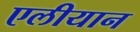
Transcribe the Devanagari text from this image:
एलीयान